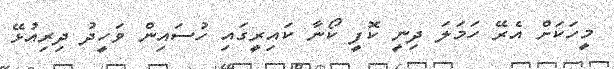
މީހަކަށް އެރޭ ހަމަލަ ދިނީ ކޮފީ ކޯނާ ކައިރީގައި ހުސައިން ވަހީދު ދިރިއުޅޭ